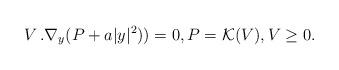
LaTeX: \begin{align*}\sl V\,.\nabla_y (P+ a |y|^2))=0, P={\cal K}(V), V\ge 0.\normalcolor\end{align*}